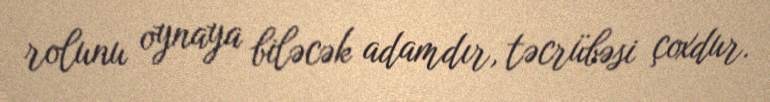
rolunu oynaya biləcək adamdır, təcrübəsi çoxdur.